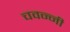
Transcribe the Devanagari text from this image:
चवन्नी